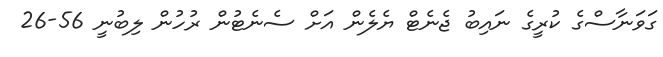
ގަވަނާސްގެ ކުރީގެ ނައިބު ޖެނެޓް ޔެލެން އަށް ސެނެޓުން ރުހުން ލިބުނީ 56-26